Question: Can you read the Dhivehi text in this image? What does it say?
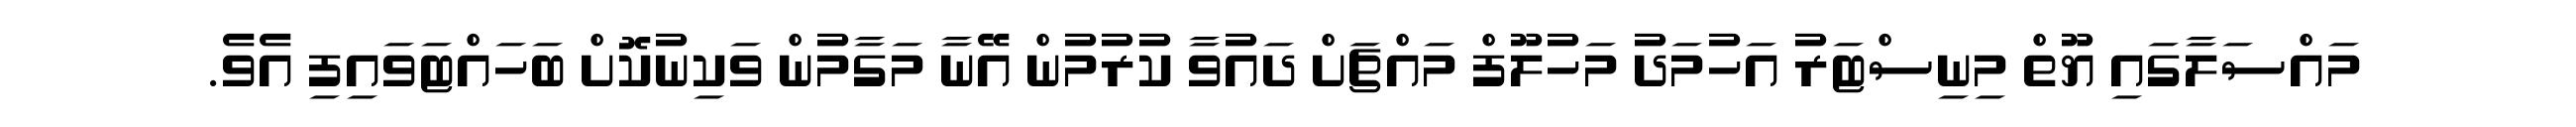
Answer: މައްސަލާގައި ޔޫތް މިނިސްޓަރު އަހުމަދު މަހުލޫފް މައްޗަށް ދައުވާ ކުރުމުން އޭނާ މަގާމުން ވަކިނުކޮށް ބަހައްޓަވައިފި އެވެ.